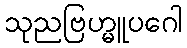
သုညဗြဟ္မူပဂေါ